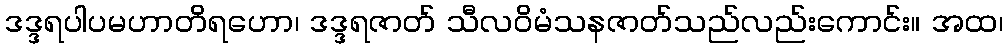
ဒဒ္ဒရပါပမဟာတိရဟော၊ ဒဒ္ဒရဇာတ် သီလဝိမံသနဇာတ်သည်လည်းကောင်း။ အထ၊